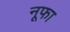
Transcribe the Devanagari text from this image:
नूफा